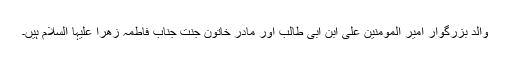
والد بزرگوار امیر المومنین علی ابن ابی طالب اور مادر خاتون جنت جناب فاطمہ زھرا علیہا السلام ہیں۔